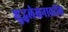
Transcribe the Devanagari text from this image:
शुद्धलेखनावरील